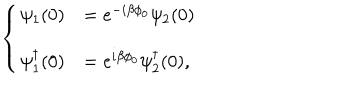
\left\{ \begin{array} { l l } { { \psi _ { 1 } ( 0 ) } } & { { = e ^ { - i \beta \phi _ { 0 } } \psi _ { 2 } ( 0 ) } } \\ { { \psi _ { 1 } ^ { \dagger } ( 0 ) } } & { { = e ^ { i \beta \phi _ { 0 } } \psi _ { 2 } ^ { \dagger } ( 0 ) , } } \\ \end{array} \right.